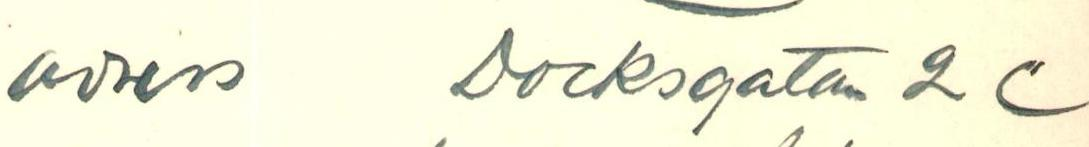
Adress Docksgatan 2 C